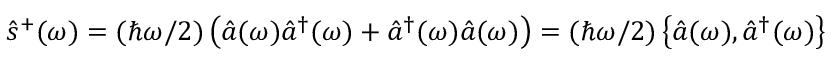
\hat { s } ^ { + } ( \omega ) = ( \hbar \omega / 2 ) \left( \hat { a } ( \omega ) \hat { a } ^ { \dagger } ( \omega ) + \hat { a } ^ { \dagger } ( \omega ) \hat { a } ( \omega ) \right) = ( \hbar \omega / 2 ) \left\{ \hat { a } ( \omega ) , \hat { a } ^ { \dagger } ( \omega ) \right\}